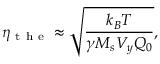
\eta _ { \mathrm { ~ t ~ h ~ e ~ } } \approx \sqrt { \frac { k _ { B } T } { \gamma M _ { s } V _ { y } Q _ { 0 } } } ,